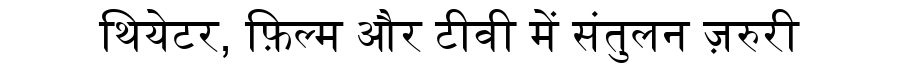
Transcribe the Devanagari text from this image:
थियेटर, फ़िल्म और टीवी में संतुलन ज़रुरी